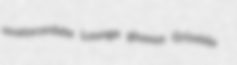
ovatocordate Lounge glomus Grizelda